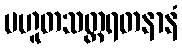
ပဟူတသတ္တရတနာနံ